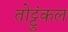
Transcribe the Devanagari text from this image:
तोट्टुंकल